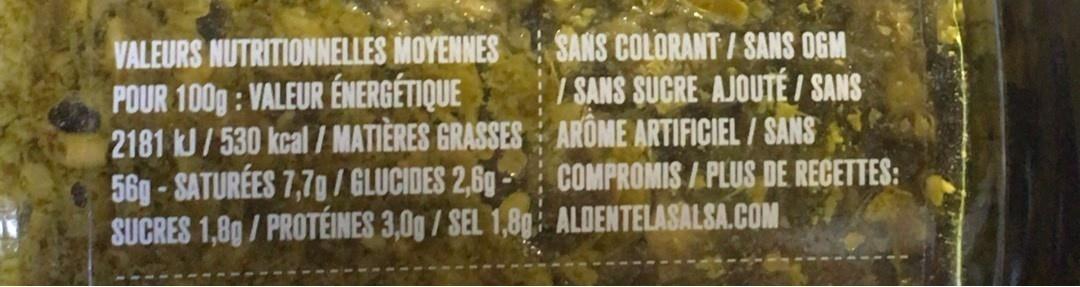
VALEURS NUTRITIONNELLES MOYENNES POUR 100g : VALEUR ÉNERGÉTIQUE 2181 J/530 kcal / MATIÈRES GRASSES AROME ARTIFICIEL / SANS 56g-SATURÉES 7,7g/ GLUCIDES 2,69- COMPROMIS / PLUS DE RECETTES: SUCRES 1,89/ PROTÉINES 3,0g /SEL 1,89 ALDENTELASALSA.COM
SANS COLORANT / SANS OGM / SANS SUCRE AJOUTÉ / SANS